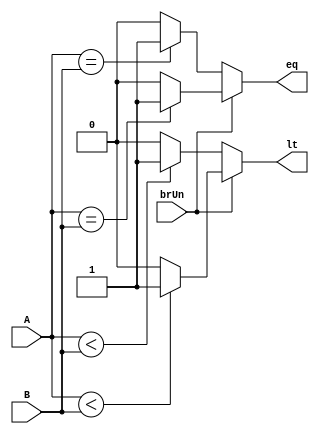
module branchComp (
    input [31:0] A,B,
    input brUn,
    output reg eq,lt
);
    always @(*) begin
        if (!brUn) begin
            eq = ( ($signed(A)==$signed(B)) ) ? 1:0;
            lt = ( ($signed(A)<$signed(B))) ? 1:0;
        end
        else begin
            eq = (A == B) ? 1: 0;
            lt = (A < B) ? 1 : 0;
        end
    end

endmodule